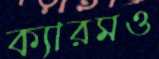
ক্যারমও